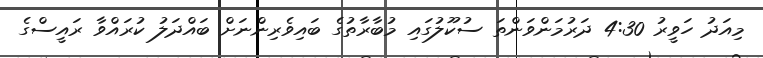
މިއަދު ހަވީރު 4:30 ދަރުމަންވަންތަ ސުކޫލުގައި މުބާރާތުގެ ބައިވެރިންނަށް ބައްދަލު ކުރައްވާ ރައީސްގެ